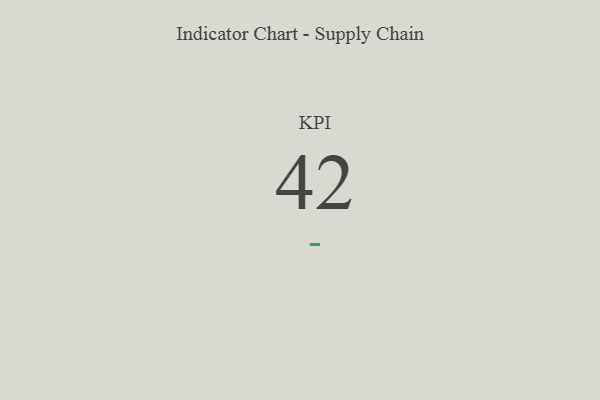
{"axis": {"x": "KPI", "y": "Value"}, "legend": [""], "data": [{"x": "KPI", "y": 42, "type": ""}]}